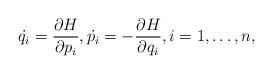
LaTeX: \begin{align*}\dot{q_i}=\frac{\partial H}{\partial p_i}, \dot{p_i}=-\frac{\partial H}{\partial q_i}, i=1,\ldots,n,\end{align*}